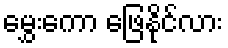
မွှေးကော ဖြေနိုင်လား